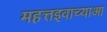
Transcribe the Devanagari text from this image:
महत्तइवाच्याआ